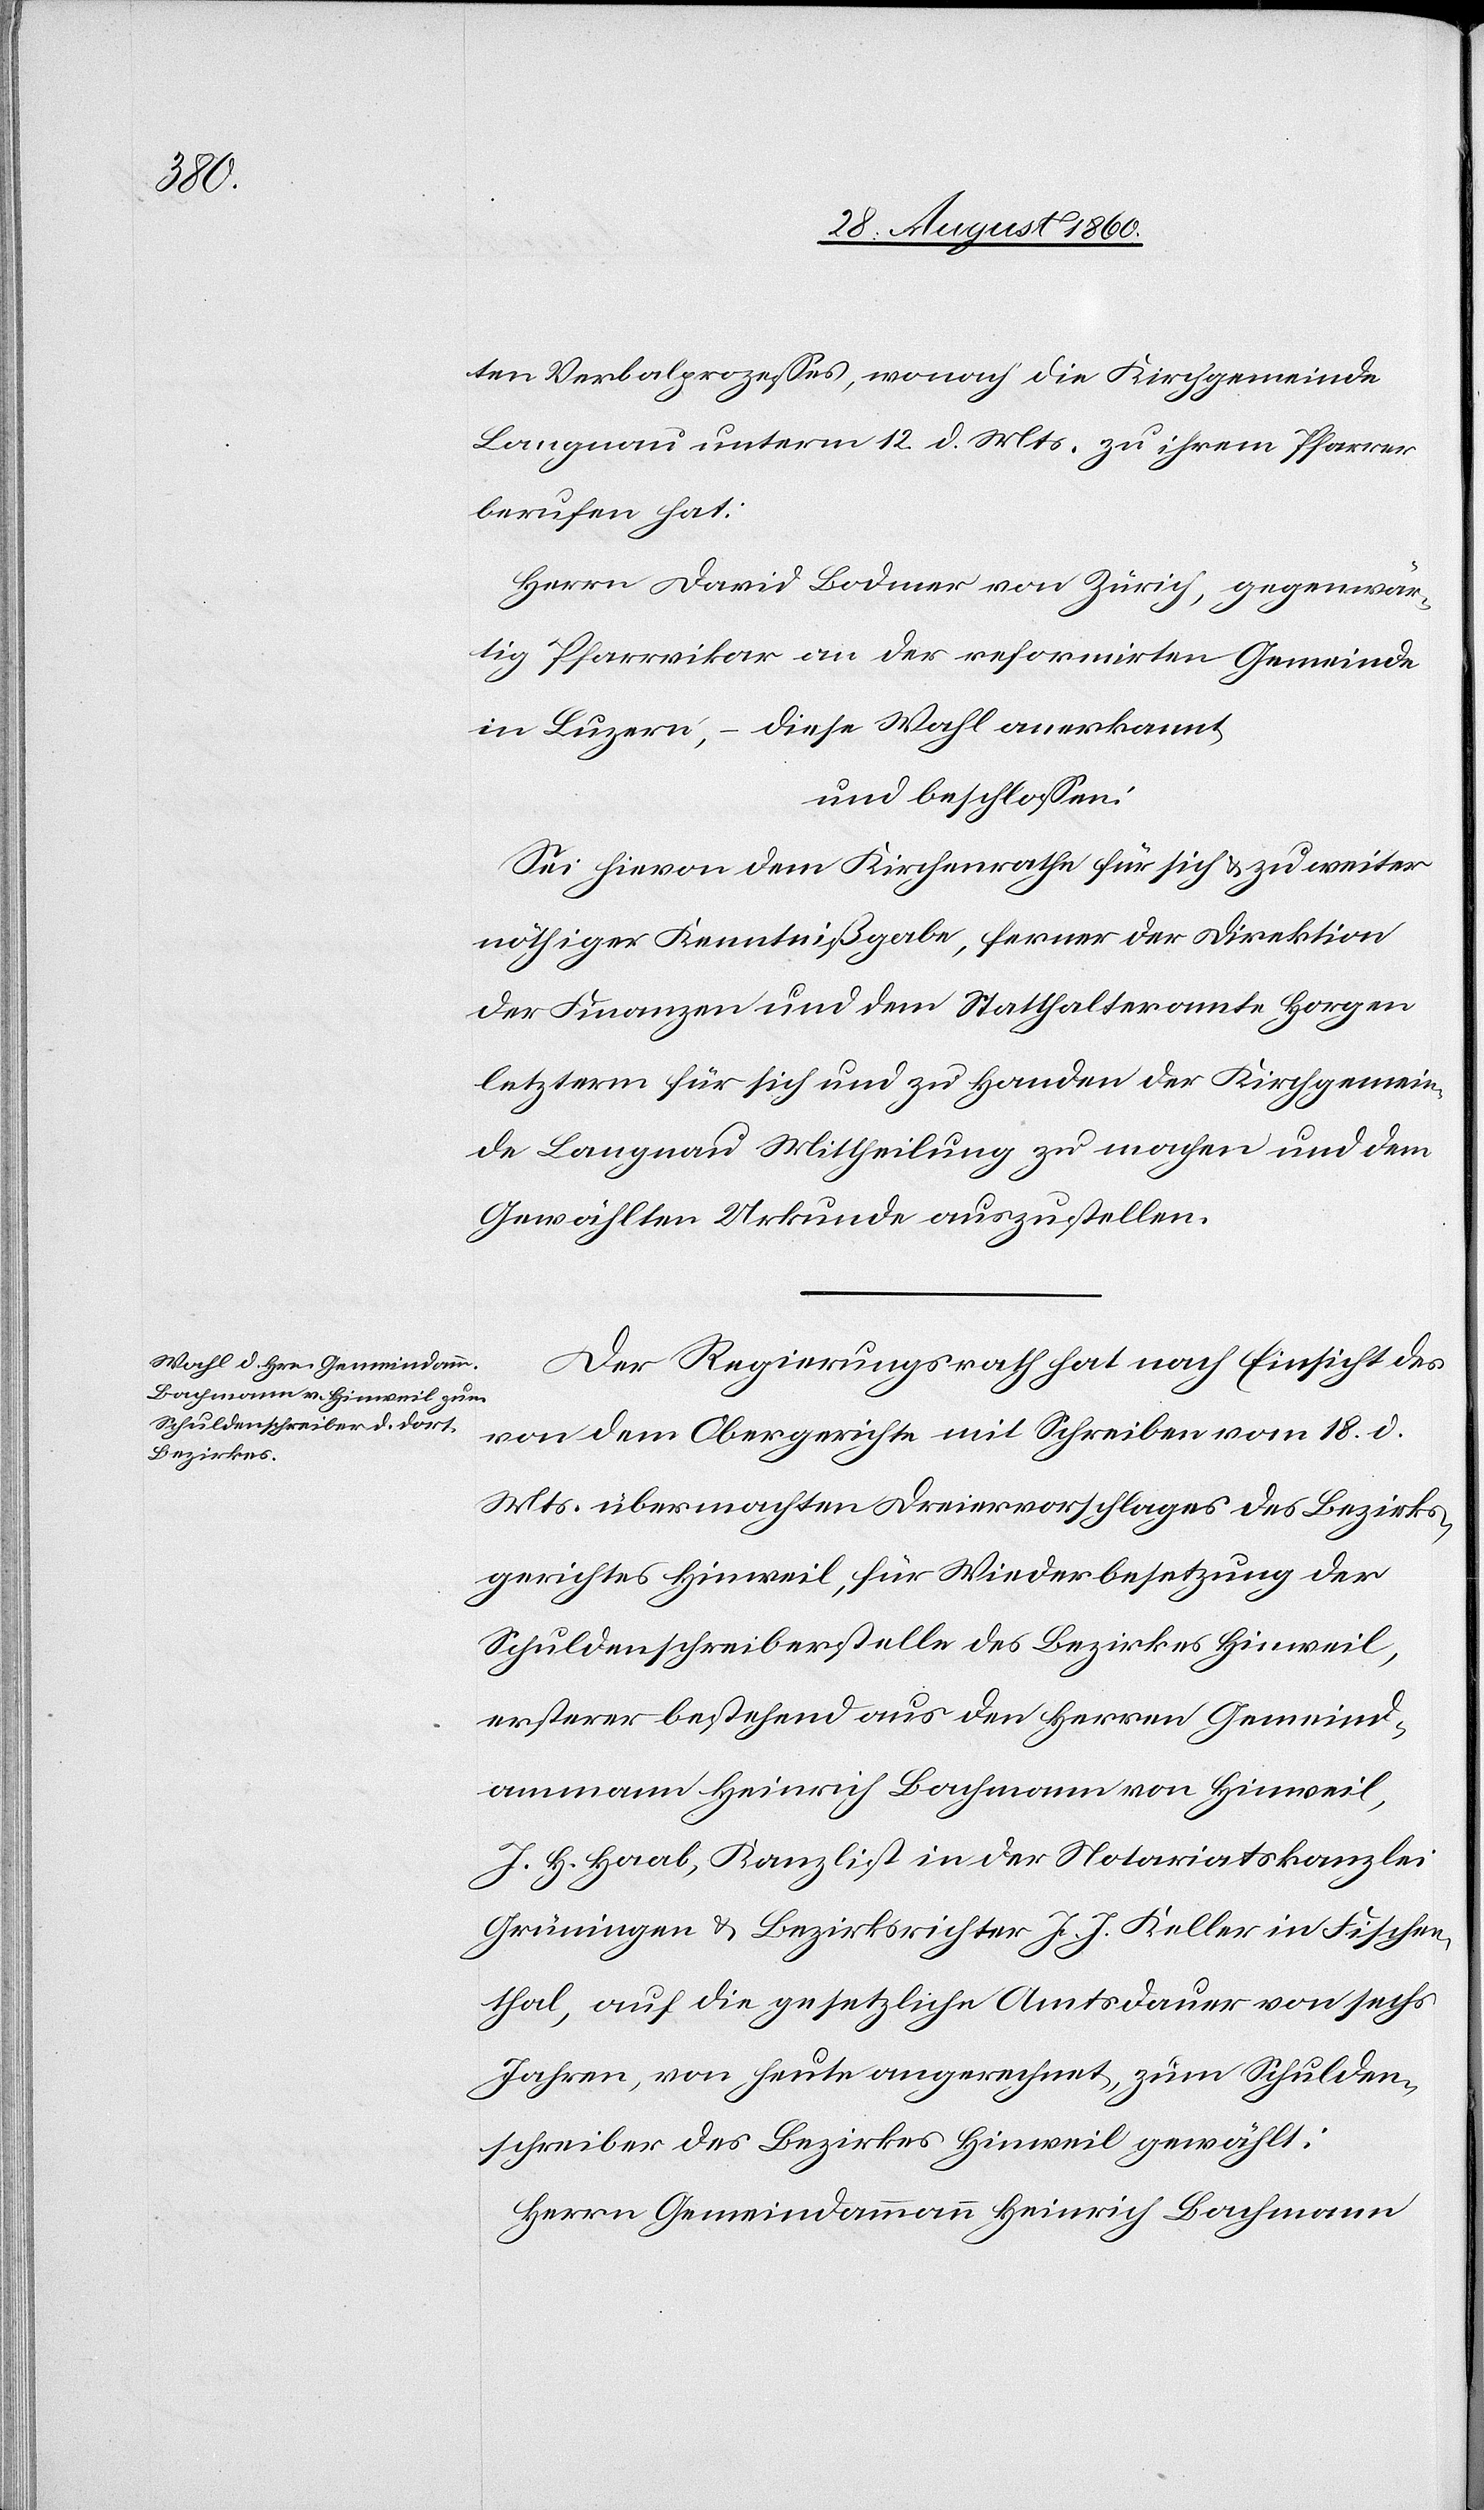
ten Verbalprozesses, wonach die Kirchgemeinde
Langnau unterm 12. d. Mts. zu ihrem Pfarrer
berufen hat.
Herrn David Bodmer von Zürich, gegenwär¬
tig Pfarrvikar an der reformirten Gemeinde
in Luzern, – diese Wahl anerkannt
und beschlossen:
Sei hievon dem Kirchenrathe für sich und zu weiter
nöthiger Kenntnissgabe, ferner der Direktion
der Finanzen und dem Statthalteramte Horgen,
letzterm für sich und zu Handen der Kirchgemein¬
de Langnau Mittheilung zu machen u. dem
Gewählten Urkunde auszustellen.
Der Regierungsrath hat, nach Einsicht des
von dem Obergerichte mit Schreiben vom 18. d.
Mts. übermachten Dreiervorschlages des Bezirks¬
gerichtes Hinweil für Widerbesetzung der
Schuldenschreiberstelle des Bezirkes Hinweil,
ersterer bestehend aus den Herrn Gemeind¬
ammann Heinrich Bachmann von Hinweil,
J. H. Haab, Kanzlist in der Notariatskanzlei
Grüningen u. Bezirksrichter J. J. Keller in Fischen¬
thal, auf die gesetzliche Amtsdauer von sechs
Jahren, von heute an gerechnet, zum Schulden¬
schreiber des Bezirkes Hinweil gewählt:
Herrn Gemeindammann Heinrich Bachmann